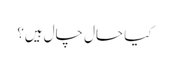
کیا حال چال ہیں؟